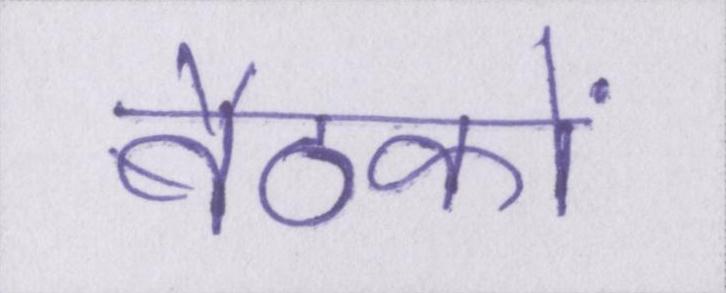
बैठकों